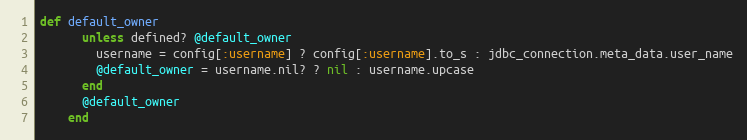
Language: Ruby
def default_owner
      unless defined? @default_owner
        username = config[:username] ? config[:username].to_s : jdbc_connection.meta_data.user_name
        @default_owner = username.nil? ? nil : username.upcase
      end
      @default_owner
    end